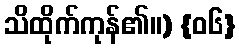
သိထိုက်ကုန်၏။) {၀၆}